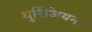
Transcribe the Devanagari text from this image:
थुरिंजियनों